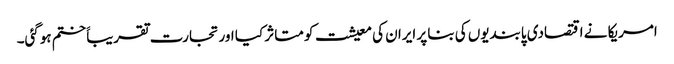
امریکا نے اقتصادی پابندیوں کی بنا پر ایران کی معیشت کو متاثر کیا اور تجارت تقریباََ ختم ہوگئی۔